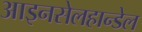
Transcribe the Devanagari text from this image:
आइनसेलहान्डेल